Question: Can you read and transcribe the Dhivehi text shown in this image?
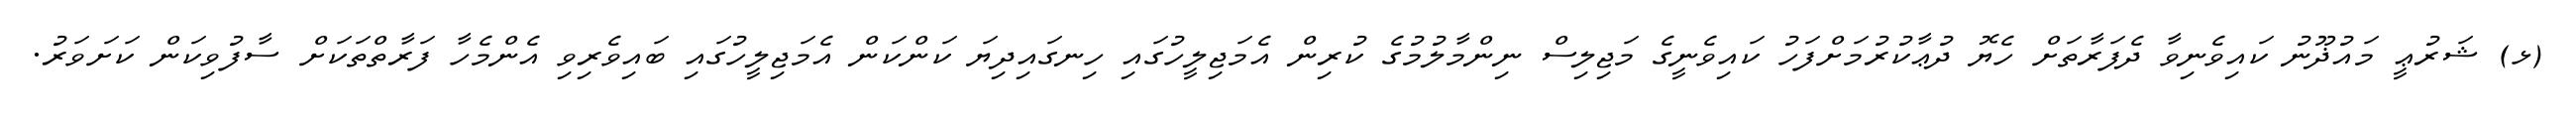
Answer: (ޅ) ޝަރުޢީ މައުޛޫނު ކައިވެނިވާ ދެފަރާތަށް ހެޔޮ ދުޢާކުރުމަށްފަހު ކައިވެނީގެ މަޖިލިސް ނިންމާލުމުގެ ކުރިން އެމަޖިލީހުގައި ހިނގައިދިޔަ ކަންކަން އެމަޖިލީހުގައި ބައިވެރިވި އެންމެހާ ފަރާތްތަކަށް ސާފުވިކަން ކަށަވަރު.